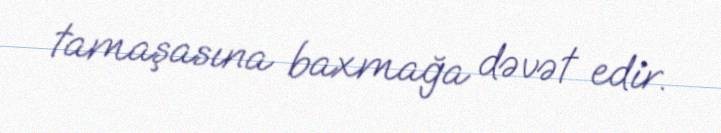
tamaşasına baxmağa dəvət edir.